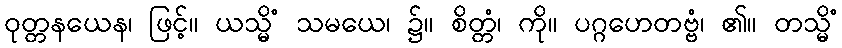
ဝုတ္တနယေန၊ ဖြင့်။ ယသ္မိံ သမယေ၊ ၌။ စိတ္တံ၊ ကို။ ပဂ္ဂဟေတဗ္ဗံ၊ ၏။ တသ္မိံ